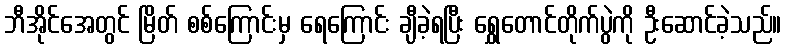
ဘီအိုင်အေတွင် မြိတ် စစ်ကြောင်းမှ ရေကြောင်း ချီခဲ့ရပြီး ရွှေတောင်တိုက်ပွဲကို ဦးဆောင်ခဲ့သည်။